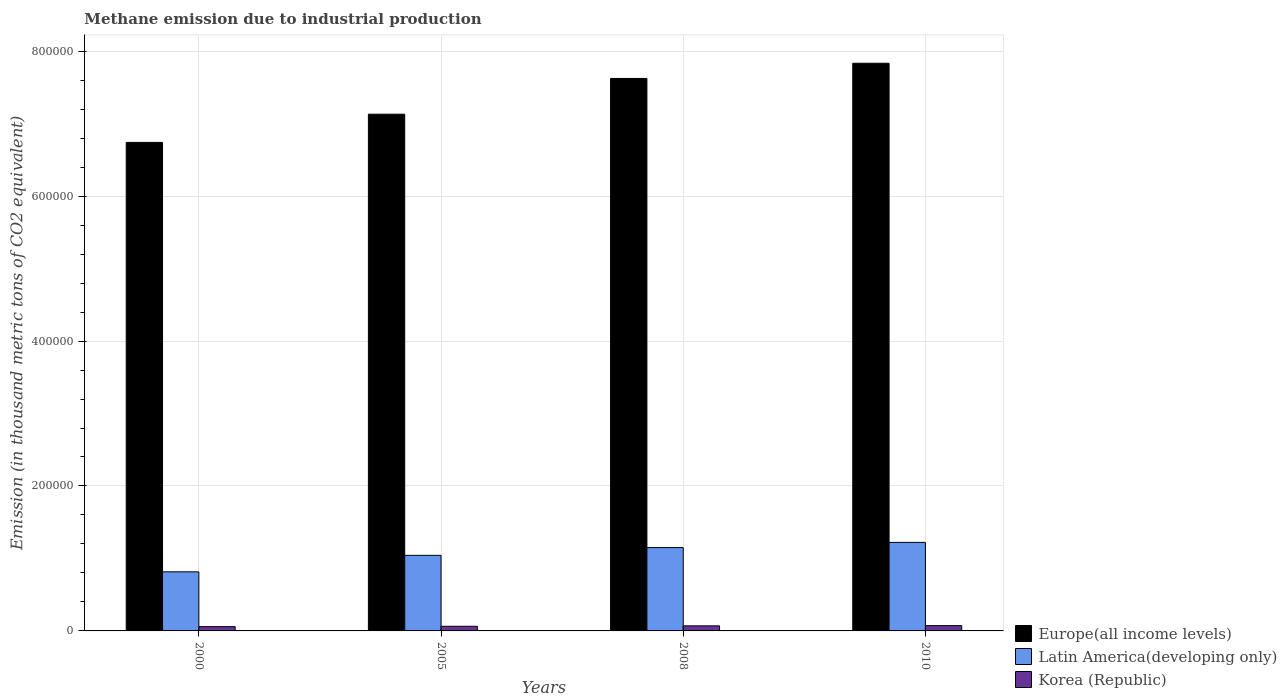
| Years | Europe(all income levels) | Latin America(developing only) | Korea (Republic) |
 | --- | --- | --- | --- |
 | 2000 | 6.74e+05 | 8.15e+04 | 5.91e+03 |
 | 2005 | 7.13e+05 | 1.04e+05 | 6.41e+03 |
 | 2008 | 7.62e+05 | 1.15e+05 | 6.99e+03 |
 | 2010 | 7.83e+05 | 1.22e+05 | 7.3e+03 |